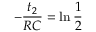
- \frac { t _ { 2 } } { R C } = \ln { \frac { 1 } { 2 } }